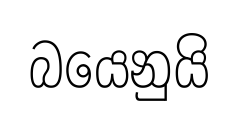
බයෙනුයි